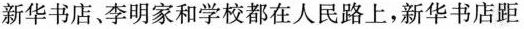
新华书店、李明家和学校都在人民路上，新华书店距